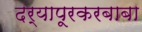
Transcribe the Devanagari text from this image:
दर्यापूरकरबाबा